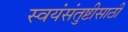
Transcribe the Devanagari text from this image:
स्वयंसंतुष्टीसाठी